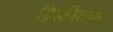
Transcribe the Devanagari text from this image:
ग्रिडनियंत्रण